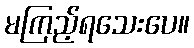
မကြည့်ရသေးပေ။